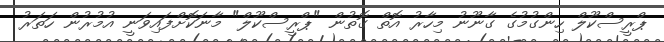
ޕްރީސްކޫލް ހިންގުމުގެ ގާނޫނު މިހާރު އޮތް ގޮތުން "ޕްރީސްކޫލް" މާނަކޮށްފައިވަނީ އުމުރުުން ހަތަރު